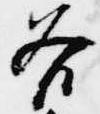
各